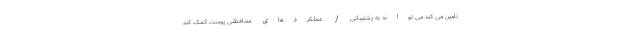
تامین می کند می تواند به پشتیبانی از عملکردهای محافظتی پوست کمک کند.